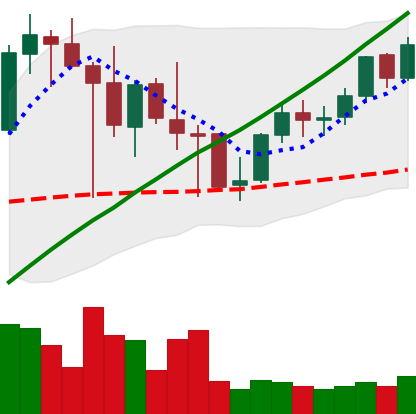
Ticker: LINK-USD
Chart end date: 2021-05-03
Forward return: 15.571%
Label: up_7plus